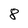
Character: 8